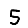
Digit: 5